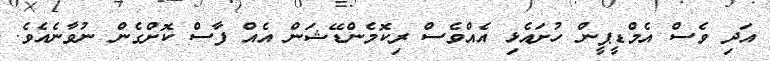
އަދި ވެސް އެމްޑީޕީން ހުށައެޅި އެއްވެސް ރިކޮމެންޑޭޝަން އެއް ފާސް ކޮށްގެން ނުވާނެއެވެ.